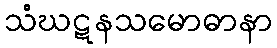
သံဃဋနသမောဓာနာ